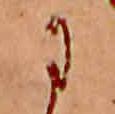
に